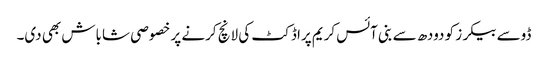
ڈوسے بیکرز کو دودھ سے بنی آئس کریم پراڈکٹ کی لانچ کرنے پر خصوصی شاباش بھی دی۔